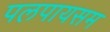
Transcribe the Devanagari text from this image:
पलपायसम